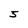
Character: 5